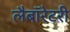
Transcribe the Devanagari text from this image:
लैबॉरेटरी